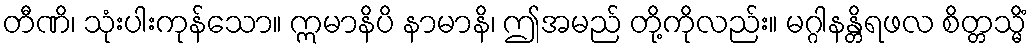
တီဏိ၊ သုံးပါးကုန်သော။ ဣမာနိပိ နာမာနိ၊ ဤအမည် တို့ကိုလည်း။ မဂ္ဂါနန္တိရဖလ စိတ္တသ္မိံ